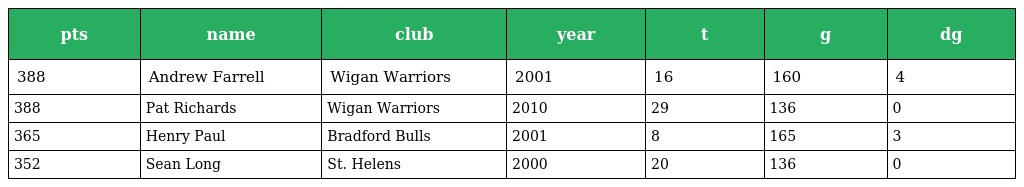
| pts | name | club | year | t | g | dg |
 | --- | --- | --- | --- | --- | --- | --- |
 | 388 | Andrew Farrell | Wigan Warriors | 2001 | 16 | 160 | 4 |
 | 388 | Pat Richards | Wigan Warriors | 2010 | 29 | 136 | 0 |
 | 365 | Henry Paul | Bradford Bulls | 2001 | 8 | 165 | 3 |
 | 352 | Sean Long | St. Helens | 2000 | 20 | 136 | 0 |